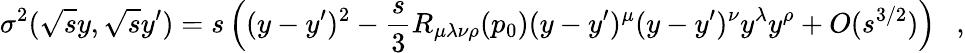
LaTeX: \sigma^{2}(\sqrt{s}y,\sqrt{s}y^{\prime})=s\left((y-y^{\prime})^{2}-\frac s3R_{\mu\lambda\nu\rho}(p_{0})(y-y^{\prime})^{\mu}(y-y^{\prime})^{\nu}y^{\lambda}y^{\rho}+O(s^{3/2})\right)~~~,